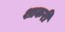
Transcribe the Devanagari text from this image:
शाकरी